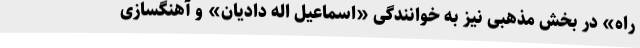
راه» در بخش مذهبی نیز به خوانندگی «اسماعیل اله دادیان» و آهنگسازی